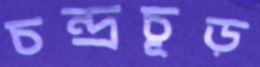
চন্দ্রচূড়